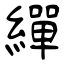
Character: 繟